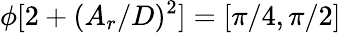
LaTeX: \phi[2+(A_{r}/D)^{2}]=[\pi/4,\pi/2]